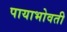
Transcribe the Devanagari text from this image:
पायाभोवती